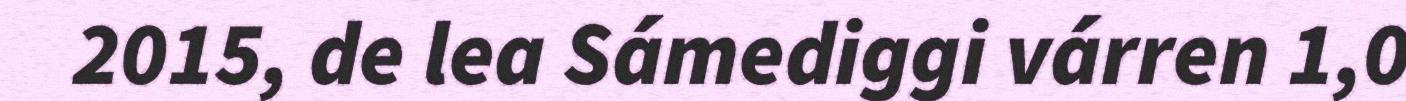
2015, de lea Sámediggi várren 1,0